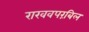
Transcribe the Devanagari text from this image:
राखवपरंबिल